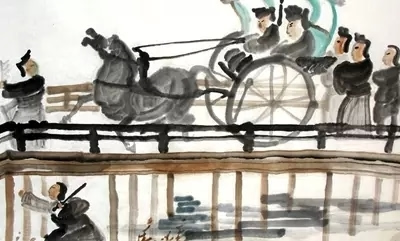
忆昨车声寒易水，今朝，慷慨还过豫让桥。